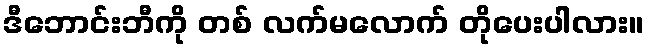
ဒီဘောင်းဘီကို တစ် လက်မလောက် တိုပေးပါလား။